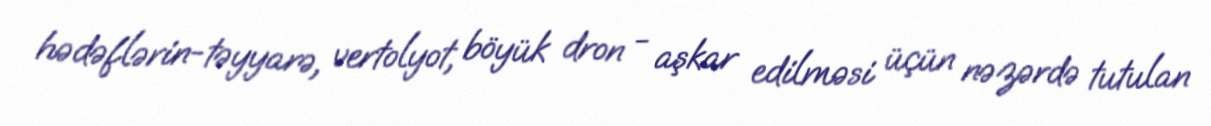
hədəflərin-təyyarə, vertolyot, böyük dron - aşkar edilməsi üçün nəzərdə tutulan